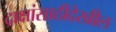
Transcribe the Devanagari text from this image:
द्राक्षांसाठीदेखील